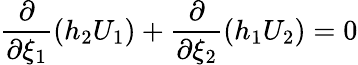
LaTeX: \frac{\partial}{\partial\xi_{1}}\left(h_{2}U_{1}\right)+\frac{\partial}{\partial\xi_{2}}\left(h_{1}U_{2}\right)=0